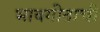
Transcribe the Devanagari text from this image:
भावगीताची